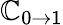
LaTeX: \mathbb{C}_{0\to1}